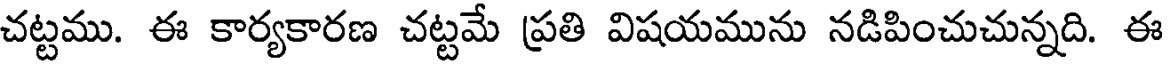
చట్టము. ఈ కార్యకారణ చట్టమే ప్రతి విషయమును నడిపించుచున్నది. ఈ